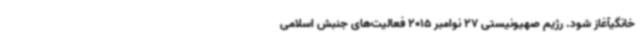
خانگیآغاز شود. رژیم صهیونیستی 27 نوامبر 2015 فعالیت‌های جنبش اسلامی